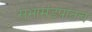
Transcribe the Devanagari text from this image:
सभामंडपातच